Scottish Leaving Certificate Examination, 1956
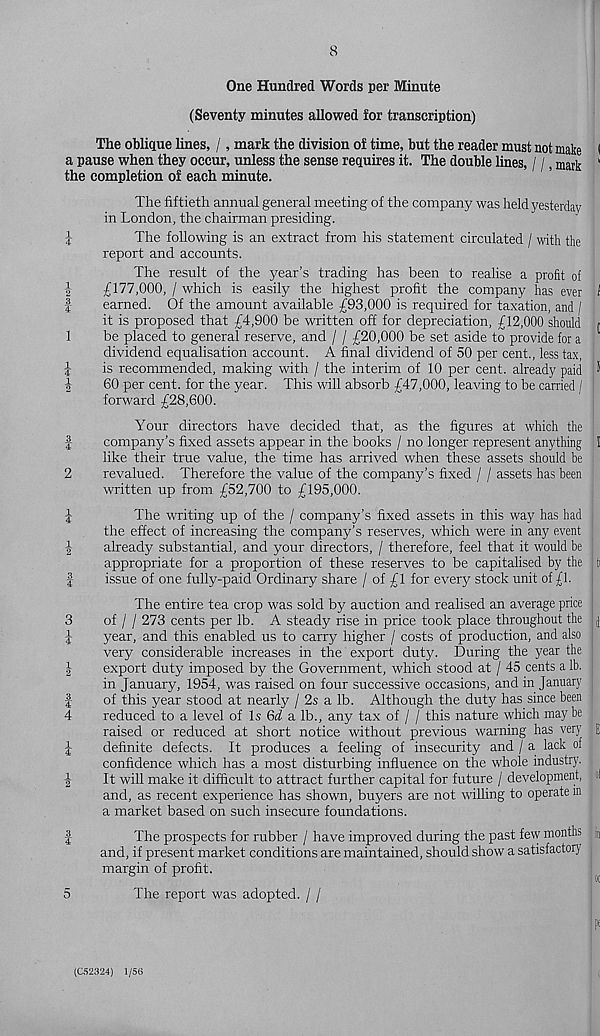
iHco
tolM tHM 4^tHw coim tHM CO
tHw m|m tHt-*
bO rf^lco
>—i >Hwco!m
8
One Hundred Words per Minute
(Seventy minutes allowed for transcription)
The oblique lines, /, mark the division of time, but the reader must not make I
a pause when they occur, unless the sense requires it. The double lines, / /, mark '
the completion of each minute.
The fiftieth annual general meeting of the company was held yesterday
in London, the chairman presiding.
The following is an extract from his statement circulated / with the
report and accounts.
The result of the year’s trading has been to realise a profit of
£177,000, / which is easily the highest profit the company has ever l
earned. Of the amount available £93,000 is required for taxation, and /
it is proposed that £4,900 be written off for depreciation, £12,000 should f
be placed to general reserve, and / / £20,000 be set aside to provide for a
dividend equalisation account. A final dividend of 50 per cent., less tax, :
is recommended, making with / the interim of 10 per cent, already paid *
60 per cent, for the year. This will absorb £47,000, leaving to be carried / I
forward £28,600.
Your directors have decided that, as the figures at which the |
company’s fixed assets appear in the books / no longer represent anything 1
like their true value, the time has arrived when these assets should be j
revalued. Therefore the value of the company’s fixed / / assets has been
written up from £52,700 to £195,000.
The writing up of the / company’s fixed assets in this way has had !
the effect of increasing the company’s reserves, which were in any event ;
already substantial, and your directors, / therefore, feel that it would be j
appropriate for a proportion of these reserves to be capitalised by the ; ti
issue of one fully-paid Ordinary share / of £1 for every stock unit of £1.
The entire tea crop was sold by auction and realised an average price
of / / 273 cents per lb. A steady rise in price took place throughout the j
year, and this enabled us to carry higher / costs of production, and also ;
very considerable increases in the export duty. During the year the
export duty imposed by the Government, which stood at / 45 cents a lb.
in January, 1954, was raised on four successive occasions, and in January ;
of this year stood at nearly / 2s a lb. Although the duty has since been
reduced to a level of Is 6d a lb., any tax of / / this nature which maybe
raised or reduced at short notice without previous warning has very E
definite defects. It produces a feeling of insecurity and / a lack of
confidence which has a most disturbing influence on the whole industry.
It will make it difficult to attract further capital for future / development, «]
and, as recent experience has shown, buyers are not willing to operate in
a market based on such insecure foundations.
The prospects for rubber / have improved during the past few months j n
and, if present market conditions are maintained, should show a satisfactory
margin of profit.
5
The report was adopted. / /
(C52324) 1/56